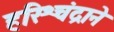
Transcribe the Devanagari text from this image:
हरिश्चंद्राने